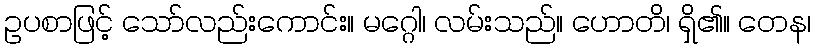
ဥပစာဖြင့် သော်လည်းကောင်း။ မဂ္ဂေါ၊ လမ်းသည်။ ဟောတိ၊ ရှိ၏။ တေန၊